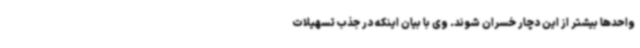
واحدها بیشتر از این دچار خسران شوند. وی با بیان اینکه در جذب تسهیلات